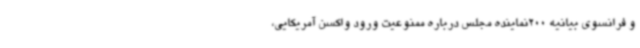
و فرانسوی بیانیه 200نماینده مجلس درباره ممنوعیت ورود واکسن آمریکایی،